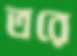
তরে